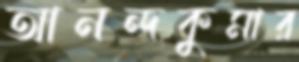
আনন্দকুমার